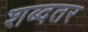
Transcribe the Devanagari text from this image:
शब्दतर